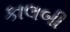
કાલબી